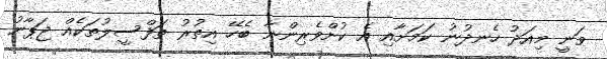
ވަނީ މިއަދު ހެނދުނު ކަމަށާއި އެ ކުށްވެރިންނާ ބެހޭ އިތުރު ތަފްސީލުތަކެއް ޖަޕާނު